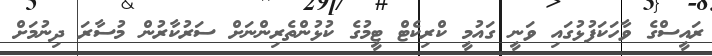
ރައީސްގެ ވާހަކަފުޅުގައި ވަނީ ގައުމީ ކްރިކެޓް ޓީމުގެ ކުޅުންތެރިންނަށް ސަރުކާރުން މުސާރަ ދިނުމަށް